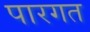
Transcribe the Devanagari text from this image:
पारगत